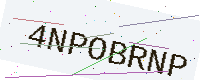
Text: 4NPOBRNP